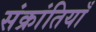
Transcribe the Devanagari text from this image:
संक्रांतियाँ